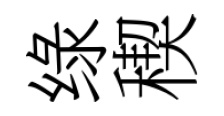
绿稧